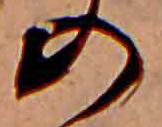
の